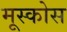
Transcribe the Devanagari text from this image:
मूस्कोस